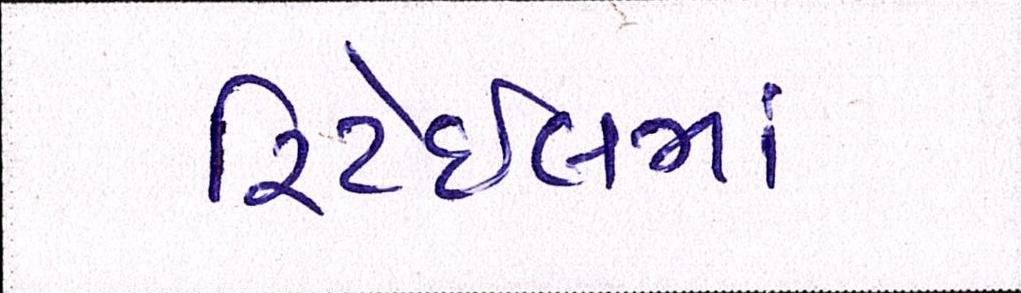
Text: રિટેઈલમાં